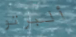
ألبرتو